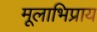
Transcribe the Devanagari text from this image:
मूलाभिप्राय